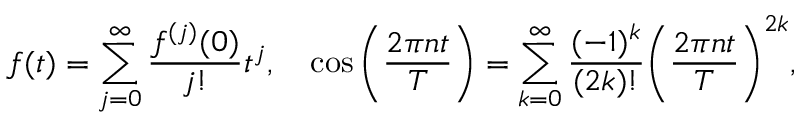
f ( t ) = \sum _ { j = 0 } ^ { \infty } \frac { f ^ { ( j ) } ( 0 ) } { j ! } t ^ { j } , \quad \cos { \bigg ( \frac { 2 \pi n t } { T } \bigg ) } = \sum _ { k = 0 } ^ { \infty } \frac { ( - 1 ) ^ { k } } { ( 2 k ) ! } \bigg ( \frac { 2 \pi n t } { T } \bigg ) ^ { 2 k } ,